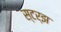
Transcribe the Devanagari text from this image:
स्टर्झ